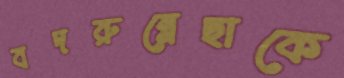
বদরুন্নেছাকে